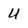
Character: U